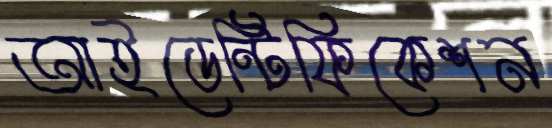
আইডেন্টিফিকেশন